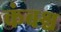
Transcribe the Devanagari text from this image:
कंबश्च